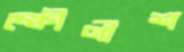
ক্ষৌণীশ